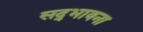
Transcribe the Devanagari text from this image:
सद्‌भावना